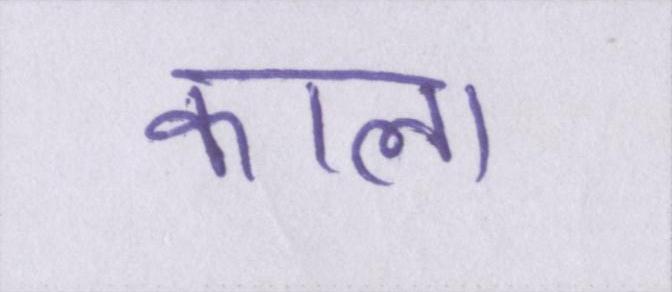
काला